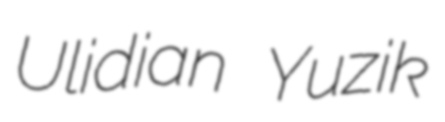
Ulidian Yuzik